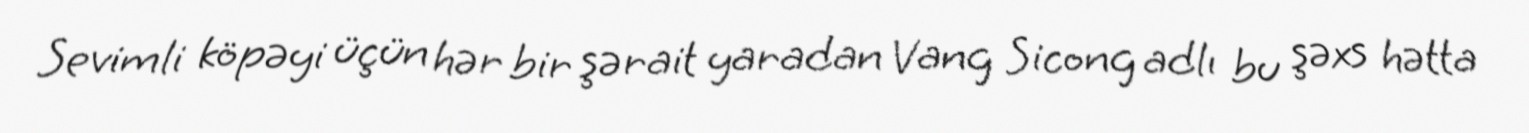
Sevimli köpəyi üçün hər bir şərait yaradan Vang Sicong adlı bu şəxs hətta